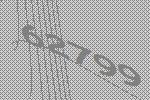
62799